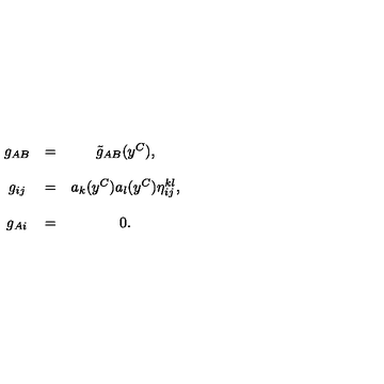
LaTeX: \begin{array} { c c c } { g _ { A B } } & { = } & { \tilde { g } _ { A B } ( y ^ { C } ) , } \\ { } & { } & { } \\ { g _ { i j } } & { = } & { a _ { k } ( y ^ { C } ) a _ { l } ( y ^ { C } ) \eta _ { i j } ^ { k l } , } \\ { } & { } & { } \\ { g _ { A i } } & { = } & { 0 . } \\ \end{array}